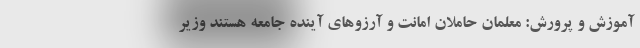
آموزش و پرورش: معلمان حاملان امانت و آرزوهای آینده جامعه هستند وزیر